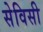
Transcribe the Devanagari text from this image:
सेविसी